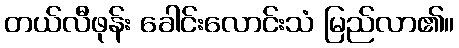
တယ်လီဖုန်း ခေါင်းလောင်းသံ မြည်လာ၏။